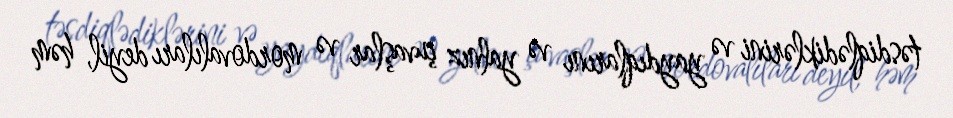
təsdiqlədiklərini və yaydıqlarını və yalnız çuvaşlar və mordovalıları deyil, həm